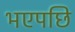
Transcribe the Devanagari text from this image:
भएपछि